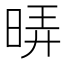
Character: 𭦄